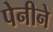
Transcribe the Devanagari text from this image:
पेनीने